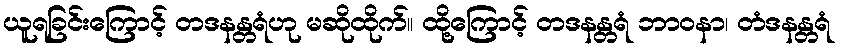
ယူရခြင်းကြောင့် တဒနန္တရံဟု မဆိုထိုက်။ ထို့ကြောင့် တဒနန္တရံ ဘာဝနာ၊ တံဒနန္တရံ